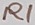
Text: R1